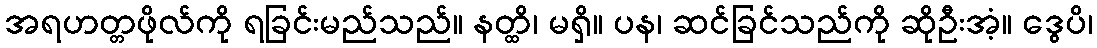
အရဟတ္တဖိုလ်ကို ရခြင်းမည်သည်။ နတ္ထိ၊ မရှိ။ ပန၊ ဆင်ခြင်သည်ကို ဆိုဦးအံ့။ ဒွေပိ၊